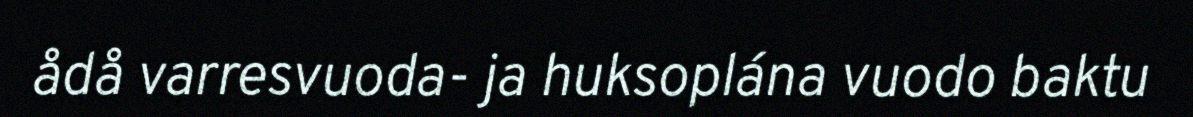
ådå varresvuoda- ja huksoplána vuodo baktu